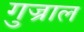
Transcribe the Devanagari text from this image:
गुज्राल